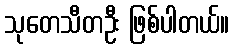
သုတေသီတဦး ဖြစ်ပါတယ်။